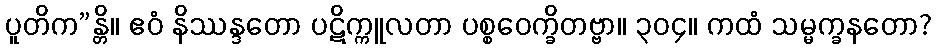
ပူတိက”န္တိ။ ဧဝံ နိဿန္ဒတော ပဋိက္ကူလတာ ပစ္စဝေက္ခိတဗ္ဗာ။ ၃၀၄။ ကထံ သမ္မက္ခနတော?